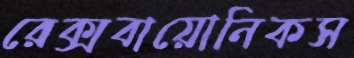
রেক্সবায়োনিকস